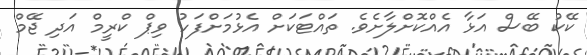
ކޭކު ބޭސް އަޅާ އެއްކޮށްލާށެވެ. ތައްޓަކަށް އެޅުމަށްފަހު ވިޕް ކްރީީމް އަދި ޖޭމް